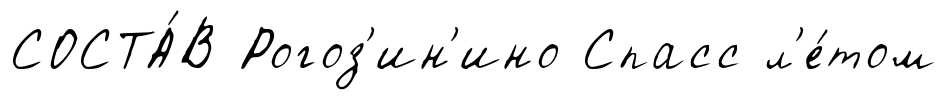
СОСТА́В Рогоз'ин'ино Спасс л'е́том